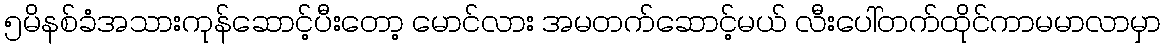
၅မိနစ်ခံအသားကုန်ဆောင့်ပီးတော့ မောင်လား အမတက်ဆောင့်မယ် လီးပေါ်တက်ထိုင်ကာမမာလာမှာ